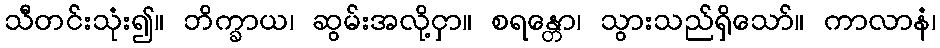
သီတင်းသုံး၍။ ဘိက္ခာယ၊ ဆွမ်းအလို့ငှာ။ စရန္တော၊ သွားသည်ရှိသော်။ ကာလာနံ၊